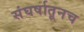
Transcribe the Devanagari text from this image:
संघर्षातूनच